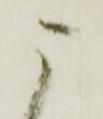
ニ